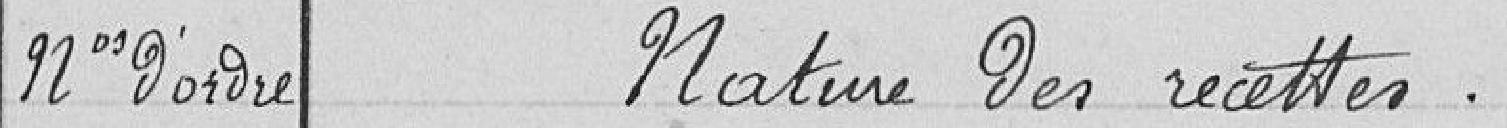
Numéros d'ordre Nature des recettes